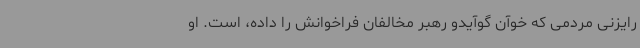
رایزنی مردمی که خوآن گوآیدو رهبر مخالفان فراخوانش را داده، است. او